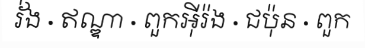
រ័់ង · ឥណ្ឌា · ពួកអ៊ីរ៉ង · ជប៉ុន · ពួក